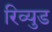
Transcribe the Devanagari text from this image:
रिव्युड